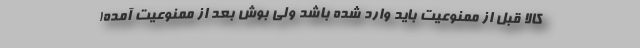
کالا قبل از ممنوعیت باید وارد شده باشد ولی بوش بعد از ممنوعیت آمده!